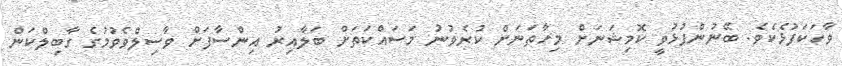
ވާހަކަފުޅެކެވެ. ބޭނުންފުޅުވީ ކޮމިޝަނަށް މިހާތަނަށް ކުރެވުނު މަސައްކަތަށް ބަލާއިރު އިންސާފަށް ވާސިލްވެވުމުގެ ގާބިލްކަން